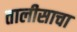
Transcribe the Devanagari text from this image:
तालीसाचा